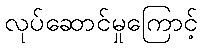
လုပ်ဆောင်မှုကြောင့်